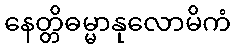
နေတ္တိဓမ္မာနုလောမိကံ